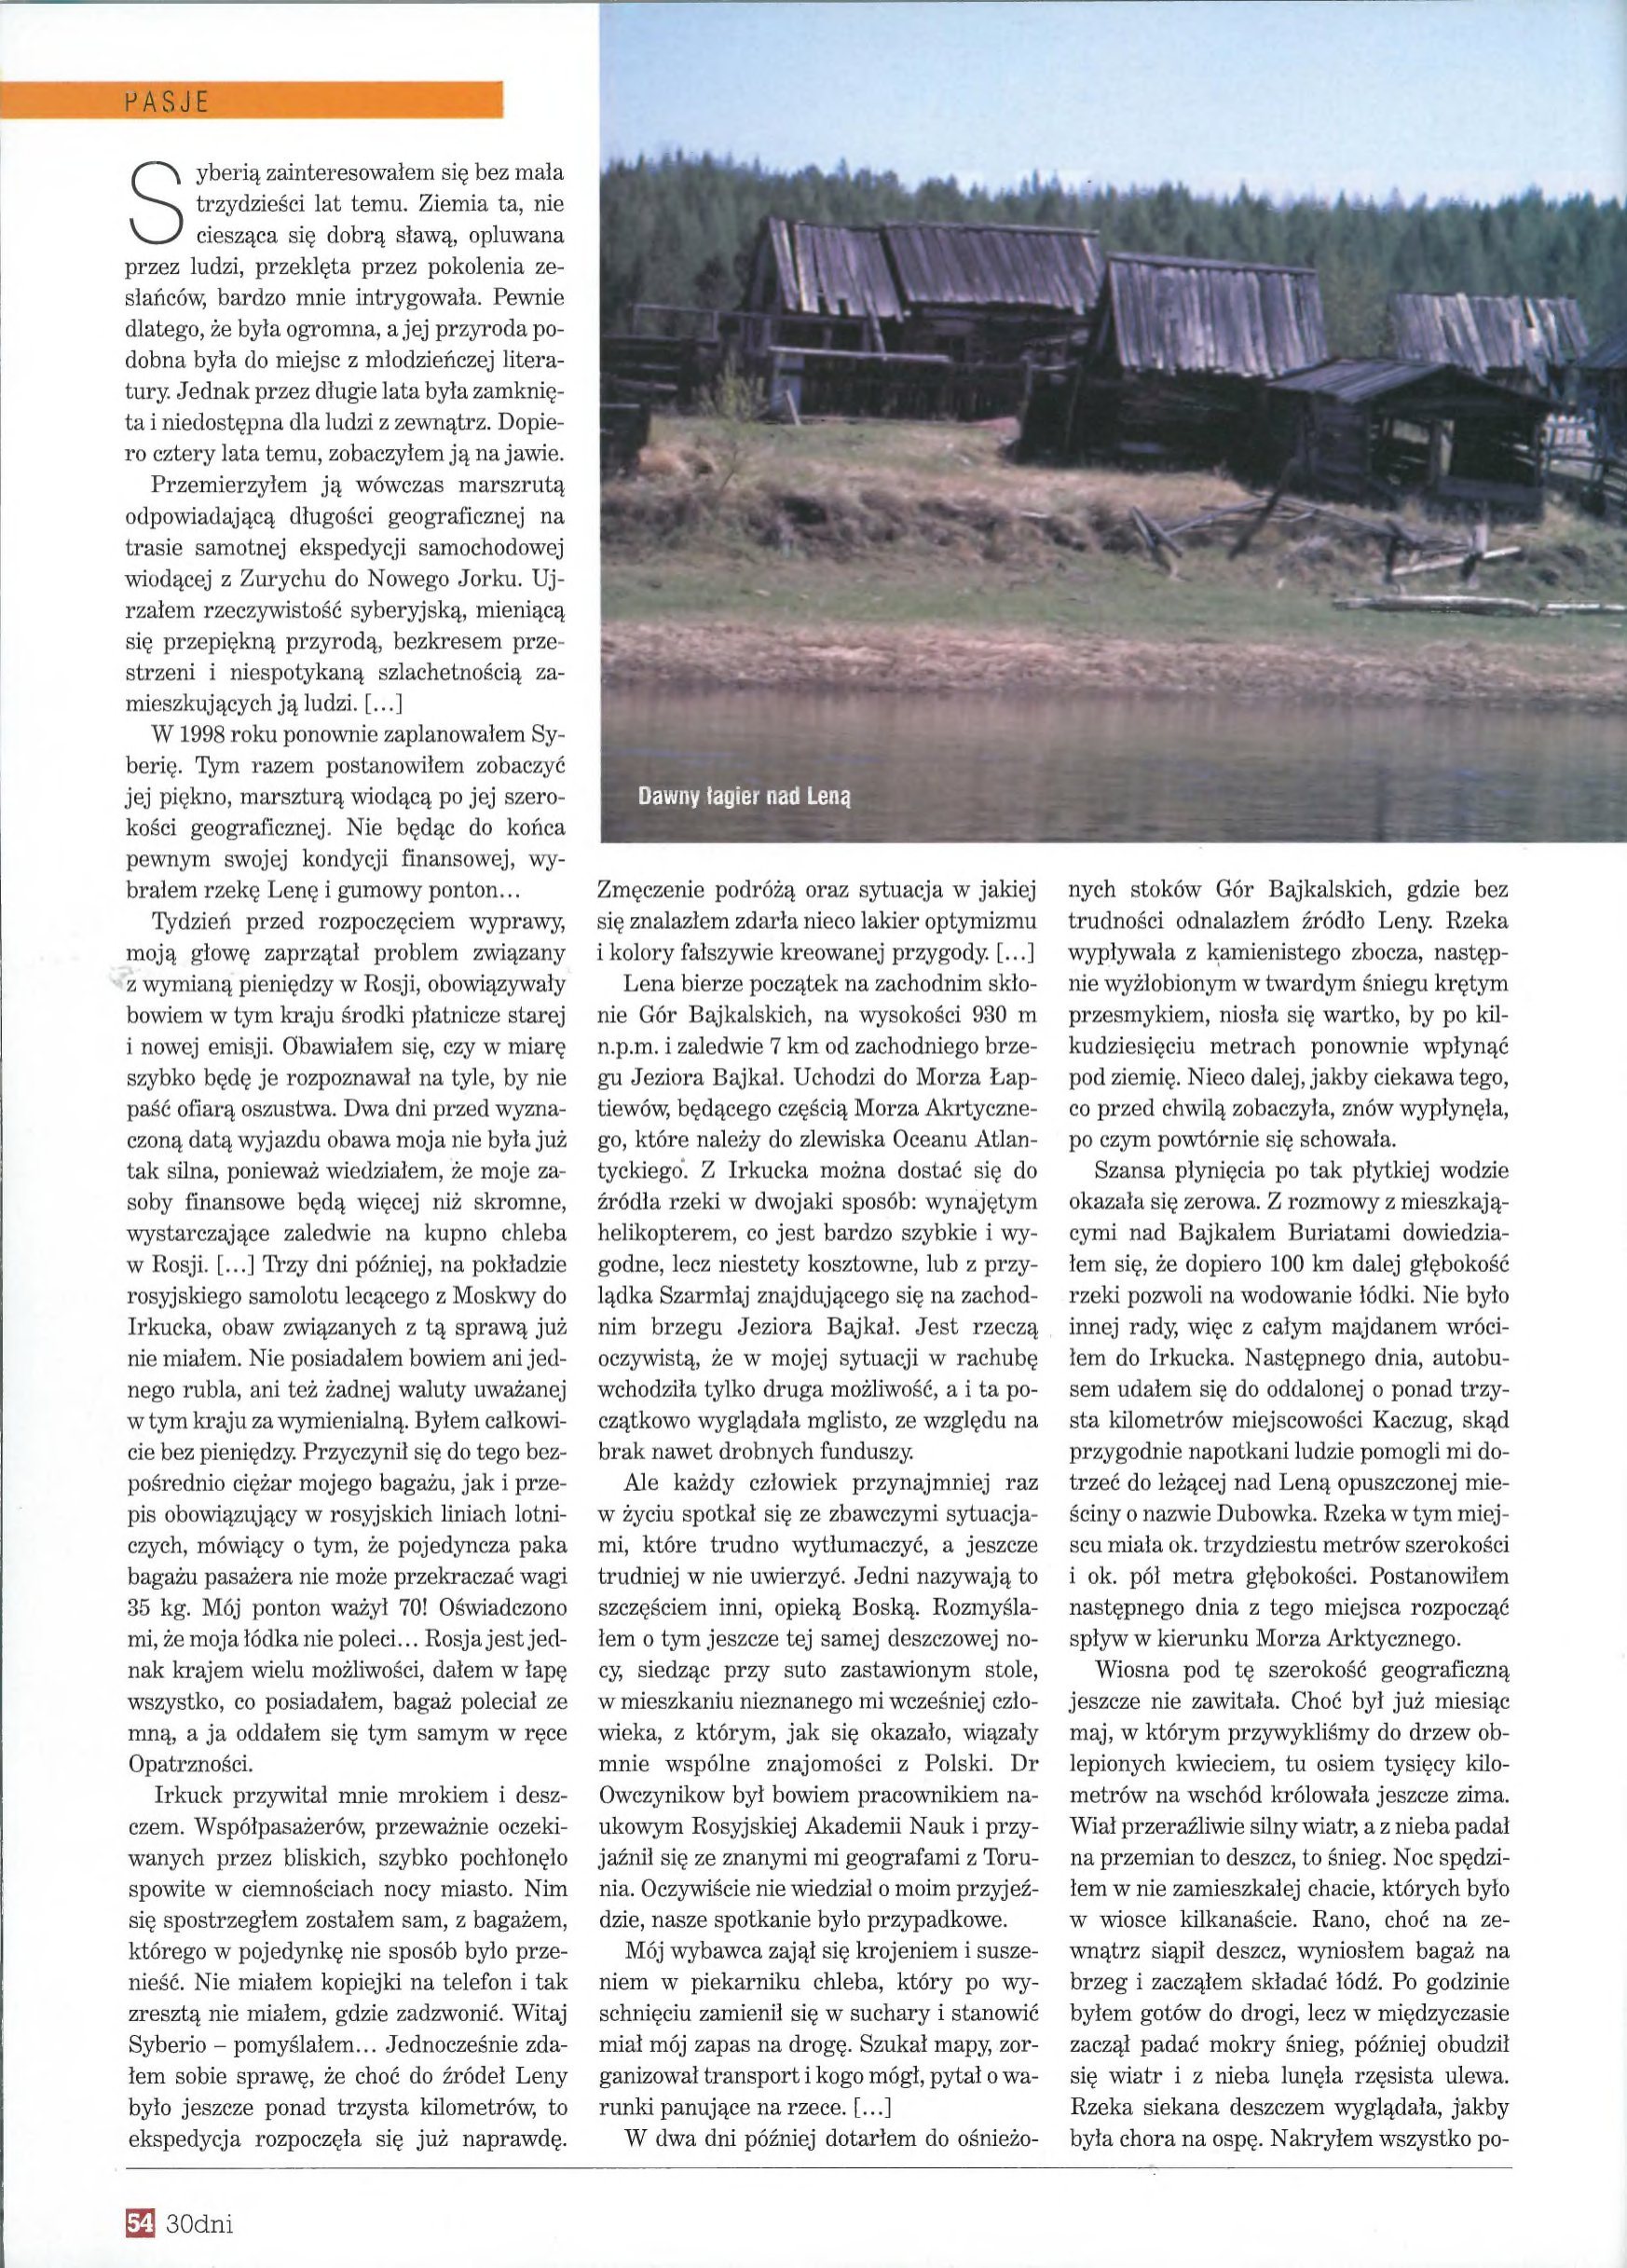
Language: pl